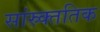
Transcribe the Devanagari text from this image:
सांस्र्क्ततिक